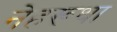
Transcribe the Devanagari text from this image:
नेहरूथा